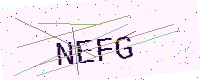
Text: NEFG